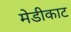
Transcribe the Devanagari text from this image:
मेडीकाट